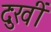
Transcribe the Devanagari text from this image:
दुःखीं